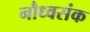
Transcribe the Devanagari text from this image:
नौध्वसंक